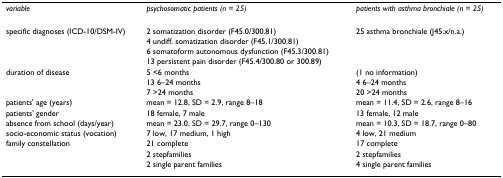
<table><thead><tr><td><b><i>variable</i></b></td><td><b><i>psychosomatic patients (n = 25)</i></b></td><td><b><i>patients with asthma bronchiale (n = 25)</i></b></td></tr></thead><tbody><tr><td>specific diagnoses (ICD-10/DSM-IV)</td><td>2 somatization disorder (F45.0/300.81)</td><td>25 asthma bronchiale (J45.x/n.a.)</td></tr><tr><td>[EMPTY_CELL]</td><td>4 undiff. somatization disorder (F45.1/300.81)</td><td>[EMPTY_CELL]</td></tr><tr><td>[EMPTY_CELL]</td><td>6 somatoform autonomous dysfunction (F45.3/300.81)</td><td>[EMPTY_CELL]</td></tr><tr><td>[EMPTY_CELL]</td><td>13 persistent pain disorder (F45.4/300.80 or 300.89)</td><td>[EMPTY_CELL]</td></tr><tr><td>duration of disease</td><td>5 &lt;6 months</td><td>(1 no information)</td></tr><tr><td>[EMPTY_CELL]</td><td>13 6–24 months</td><td>4 6–24 months</td></tr><tr><td>[EMPTY_CELL]</td><td>7 &gt;24 months</td><td>20 &gt;24 months</td></tr><tr><td>patients' age (years)</td><td>mean = 12.8, SD = 2.9, range 8–18</td><td>mean = 11.4, SD = 2.6, range 8–16</td></tr><tr><td>patients' gender</td><td>18 female, 7 male</td><td>13 female, 12 male</td></tr><tr><td>absence from school (days/year)</td><td>mean = 23.0, SD = 29.7, range 0–130</td><td>mean = 10.3, SD = 18.7, range 0–80</td></tr><tr><td>socio-economic status (vocation)</td><td>7 low, 17 medium, 1 high</td><td>4 low, 21 medium</td></tr><tr><td>family constellation</td><td>21 complete</td><td>17 complete</td></tr><tr><td>[EMPTY_CELL]</td><td>2 stepfamilies</td><td>2 stepfamilies</td></tr><tr><td>[EMPTY_CELL]</td><td>2 single parent families</td><td>4 single parent families</td></tr></tbody></table>